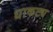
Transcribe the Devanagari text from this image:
धाकट्य